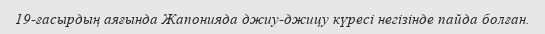
19-ғасырдың аяғында Жапонияда джиу-джицу күресі негізінде пайда болған.